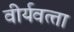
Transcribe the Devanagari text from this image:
वीर्यवत्‍ता